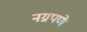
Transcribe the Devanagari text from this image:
नग्नपणे